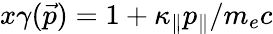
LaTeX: x\gamma(\vec{p})=1+\kappa_{\| }p_{\| }/m_{e}c